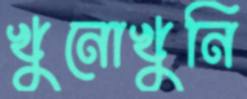
খুনোখুনি